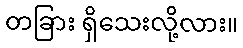
တခြား ရှိသေးလို့လား။